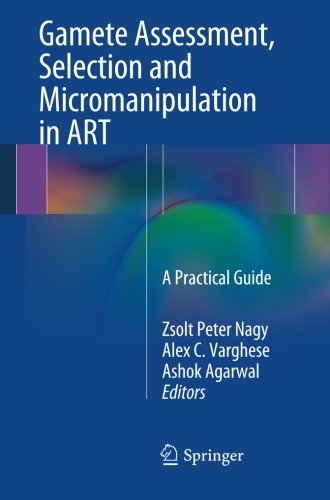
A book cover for Gamete Assessment, Selection and Micromanipulation in ART: A Practical Guide; Health, Fitness & Dieting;